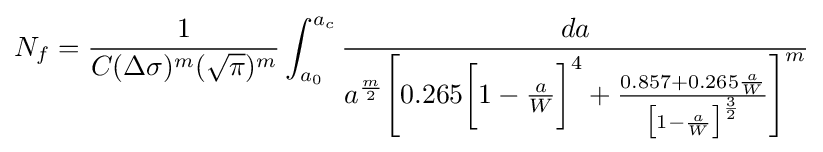
N_{f}={\frac {1}{C(\Delta \sigma )^{m}({\sqrt {\pi }})^{m}}}\int _{a_{0}}^{a_{c}}{\frac {da}{a^{\frac {m}{2}}{\Bigg [}0.265{\bigg [}1-{\frac {a}{W}}{\bigg ]}^{4}+{\frac {0.857+0.265{\frac {a}{W}}}{{\big [}1-{\frac {a}{W}}{\big ]}^{\frac {3}{2}}}}{\Bigg ]}^{m}}}